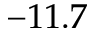
- 1 1 . 7